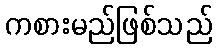
ကစားမည်ဖြစ်သည်